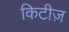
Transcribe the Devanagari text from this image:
किटीज़